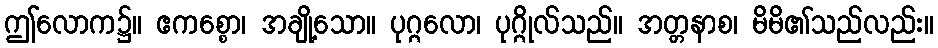
ဤလောက၌။ ဧကစ္စော၊ အချို့သော။ ပုဂ္ဂလော၊ ပုဂ္ဂိုလ်သည်။ အတ္တနာစ၊ မိမိ၏သည်လည်း။